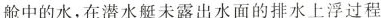
舱中的水，在潜水艇未露出水面的排水上浮过程